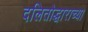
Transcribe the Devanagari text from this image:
दलितोद्धाराच्या